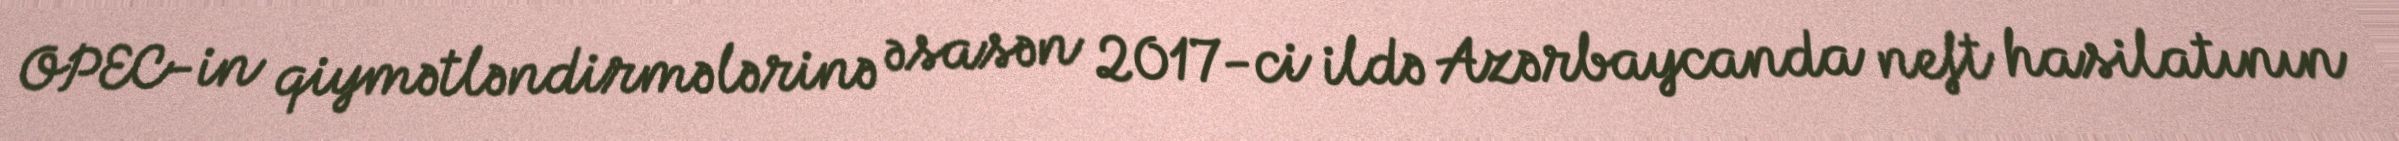
OPEC-in qiymətləndirmələrinə əsasən 2017-ci ildə Azərbaycanda neft hasilatının